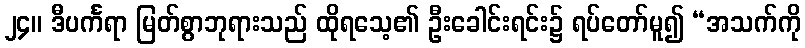
၂၄။ ဒီပင်္ကရာ မြတ်စွာဘုရားသည် ထိုရသေ့၏ ဦးခေါင်းရင်း၌ ရပ်တော်မူ၍ “အသက်ကို